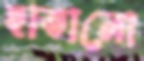
হাতানো